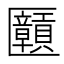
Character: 𫧝